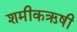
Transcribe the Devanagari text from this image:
शमीकऋषी